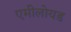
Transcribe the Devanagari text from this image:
एमीलोयड